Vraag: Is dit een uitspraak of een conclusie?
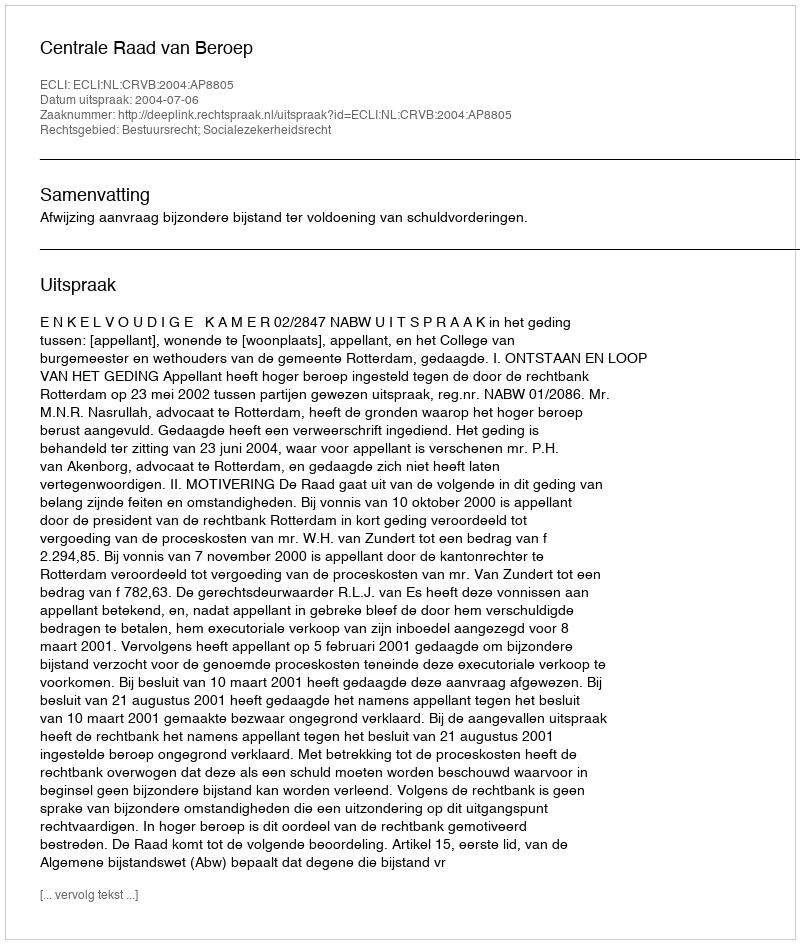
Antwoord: Uitspraak